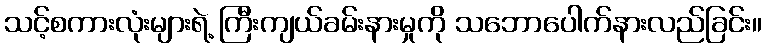
သင့်စကားလုံးများရဲ့ ကြီးကျယ်ခမ်းနားမှုကို သဘောပေါက်နားလည်ခြင်း။